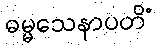
ဓမ္မသေနာပတိံ